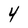
Character: 4